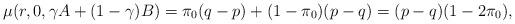
LaTeX: \begin{align*}\mu(r,0,\gamma A+(1-\gamma)B)=\pi_0(q-p)+(1-\pi_0)(p-q)=(p-q)(1-2\pi_0),\end{align*}